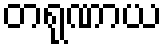
တရုဏာယ